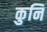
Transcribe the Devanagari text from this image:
कुनि